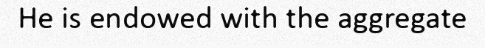
He is endowed with the aggregate